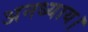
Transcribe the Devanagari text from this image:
अनध्याय।